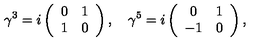
\gamma ^ { 3 } = i \left( \begin{array} { c c } { 0 } & { 1 } \\ { 1 } & { 0 } \\ \end{array} \right) , \quad \gamma ^ { 5 } = i \left( \begin{array} { c c } { 0 } & { 1 } \\ { - 1 } & { 0 } \\ \end{array} \right) ,